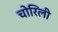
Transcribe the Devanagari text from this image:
चोरिली